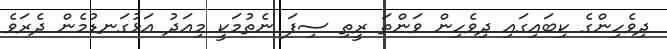
ދިވެހިންގެ ކިބައިގައި ދިވެހިން ވަންތަ ރީތި ސިފަ ނެތުމަކީ މިއަދު އަޅުގަނޑުމެން ދެރަވެ